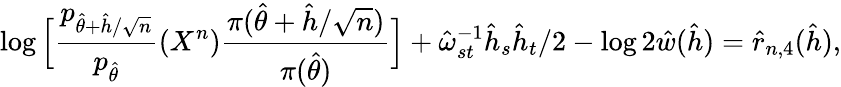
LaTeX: \log\Big[\frac{p_{\hat{\theta}+\hat{h}/\sqrt{n}}}{p_{\hat{\theta}}}(X^{n})\frac{\pi(\hat{\theta}+\hat{h}/\sqrt{n})}{\pi(\hat{\theta})}\Big]+\hat{\omega}_{st}^{-1}\hat{h}_{s}\hat{h}_{t}/2-\log 2\hat{w}(\hat{h})=\hat{r}_{n,4}(\hat{h}),